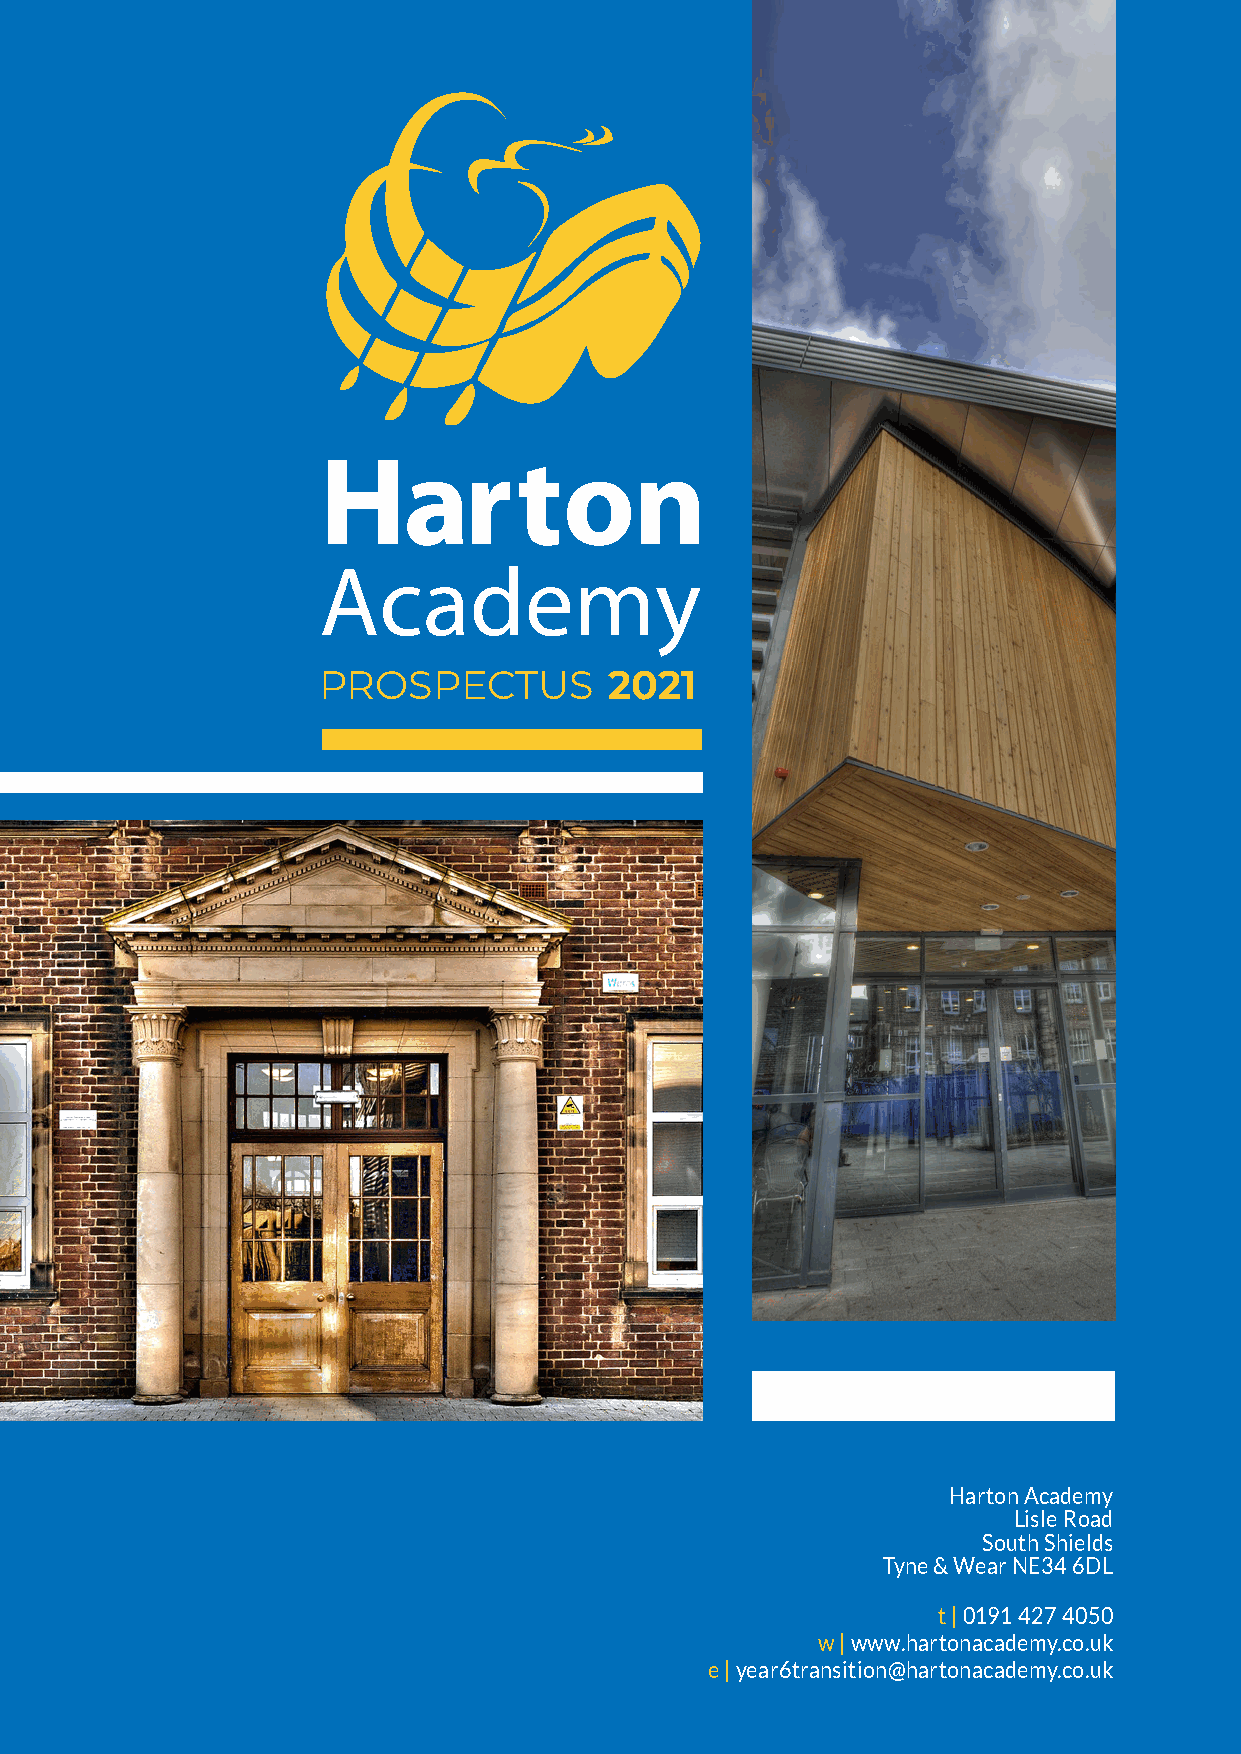
PROSPECTUS         2021
 Harton Academy
 Lisle Road
 South Shields
 Tyne & Wear NE34 6DL
 t | 0191 427 4050
 w | www.hartonacademy.co.uk
 e | year6transition@hartonacademy.co.uk